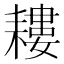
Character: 耬